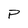
Character: p